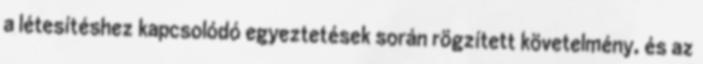
a létesítéshez kapcsolódó egyeztetések során rögzített követelmény, és az